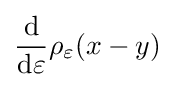
{\frac {\mathrm {d} }{\mathrm {d} \varepsilon }}\rho _{\varepsilon }(x-y)